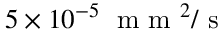
5 \times 1 0 ^ { - 5 } \; \mathrm { ~ m ~ m ~ } ^ { 2 } / \mathrm { ~ s ~ }